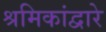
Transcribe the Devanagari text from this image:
श्रमिकांद्वारे